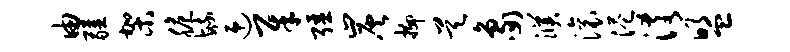
由疆架脆毓迎犀强炭抑昊象濮滚港淆盟